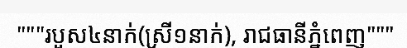
"""របួស៤នាក់(ស្រី១នាក់), រាជធានីភ្នំពេញ"""